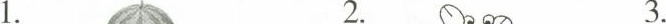
1. 2. 3.